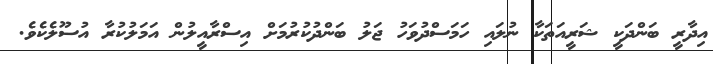
އިދާރީ ބަންދަކީ ޝަރީއަތަކާ ނުލައި ހަމަސްދުވަހު ޖަލު ބަންދުކުރުމަށް އިސްރާއީލުން އަމަލުކުރާ އުސޫލެކެވެ.